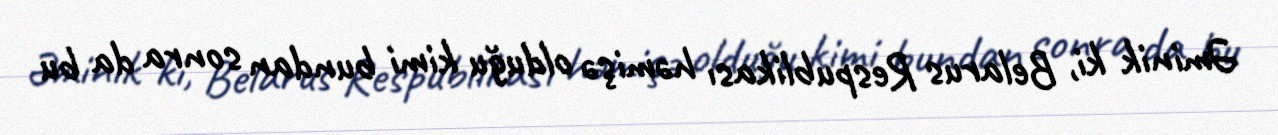
Əminik ki, Belarus Respublikası həmişə olduğu kimi bundan sonra da bu